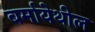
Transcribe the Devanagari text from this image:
बर्मायेथील